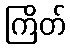
ကြိတ်